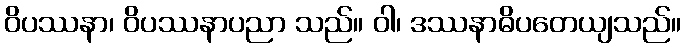
ဝိပဿနာ၊ ဝိပဿနာပညာ သည်။ ဝါ၊ ဒဿနာဓိပတေယျသည်။